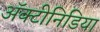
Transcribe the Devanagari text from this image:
अॅक्टीनिडिया